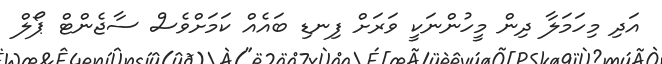
އަދި މިހަމަލާ ދިން މީހުންނަކީ ވަރަށް ފިނޑި ބައެއް ކަމަށްވެސް ސާޖެންޓް ޕޯލް